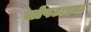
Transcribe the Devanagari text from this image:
सोपटाच्या